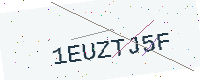
Text: 1EUZTJ5F